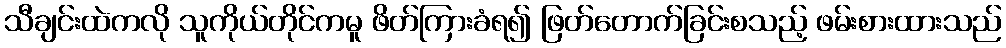
သီချင်းထဲကလို သူကိုယ်တိုင်ကမူ ဖိတ်ကြားခံရ၍ ဖြတ်တောက်ခြင်းစသည့် ဖမ်းစားထားသည်